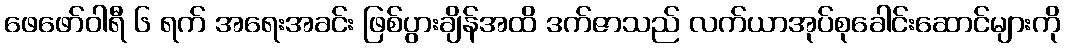
ဖေဖော်ဝါရီ ၆ ရက် အရေးအခင်း ဖြစ်ပွားချိန်အထိ ဒက်ဇာသည် လက်ယာအုပ်စုခေါင်းဆောင်များကို